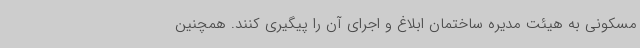
مسکونی به هیئت مدیره ساختمان ابلاغ و اجرای آن را پیگیری کنند. همچنین